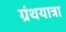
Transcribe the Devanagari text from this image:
ग्रंथयात्रा